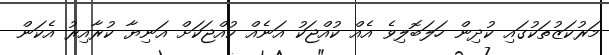
މަރުކަޒުތަކުގައި ކުދިން ހަލަބޮލިވެ އެއް ކުއްޖަކު އަނެއް ކުއްޖަކަށް އަނިޔާ ކުރާއިރު އެކަން